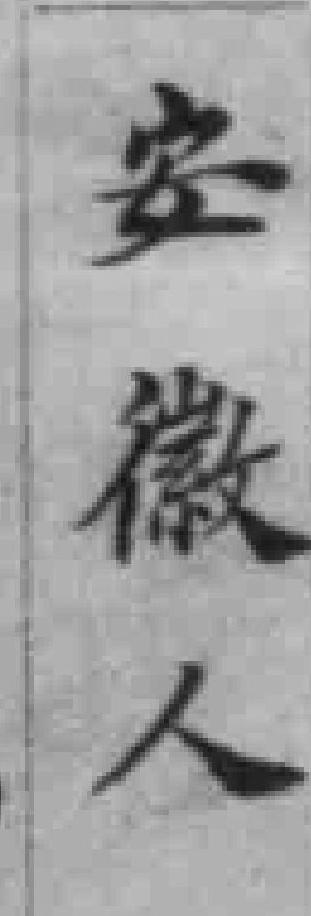
安徽人